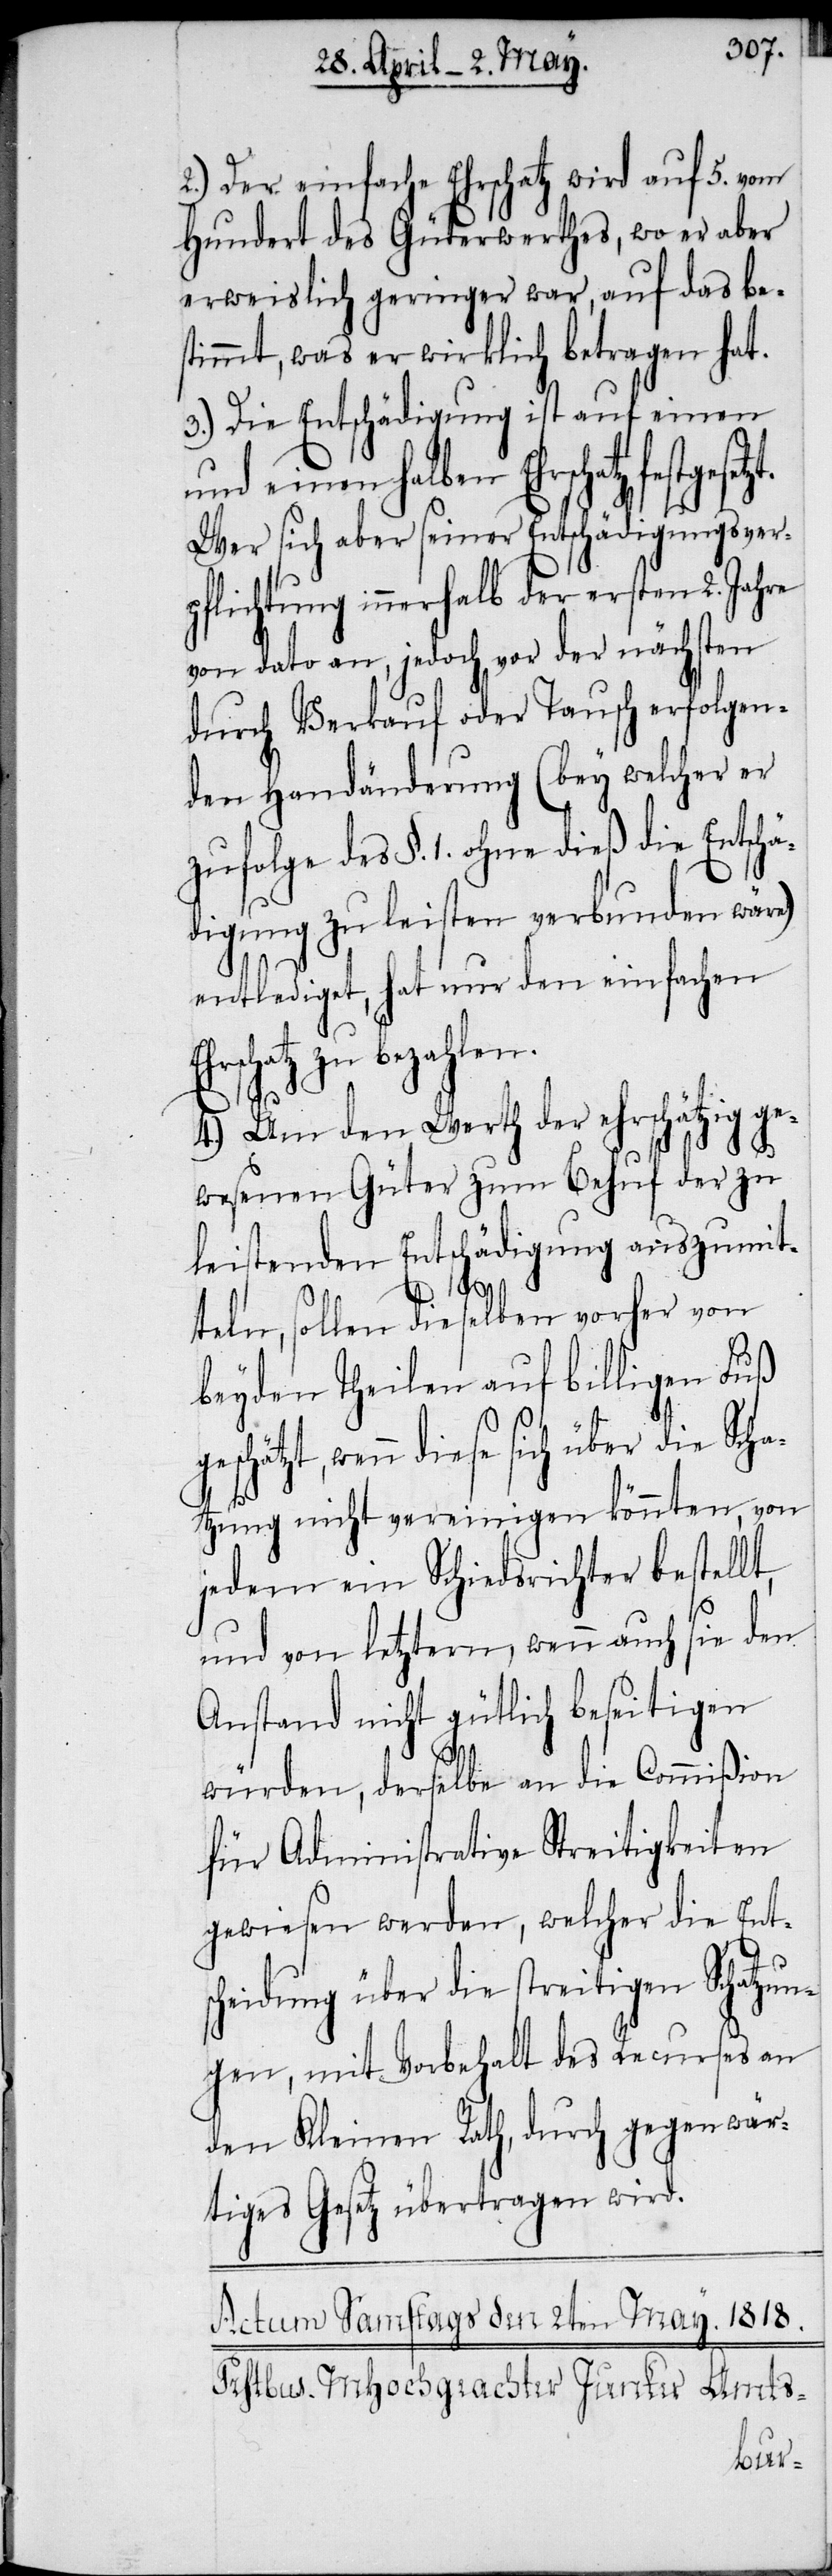
2.) Der einfache Ehrschatz wird auf 5. vom
Hundert des Güterwerthes, wo er aber
erweislich geringer war, auf das be¬
stimmt, was er wirklich betragen hat.
3.) Die Entschädigung ist auf einen
und einen halben Ehrschatz
Wer sich aber seiner Entschädigungsver¬
pflichtung innerhalb der ersten 2. Jahre
von dato an, jedoch vor der nächsten
durch Verkauf oder Tausch erfolgen¬
den Handänderung (bey welcher er
zufolge des §. 1. ohne dieß die Entschä¬
digung zu leisten verbunden wäre)
entlediget, hat nur den einfachen
rschatz zu bezahlen.
4.) Um den Werth der ehrschätzig ge¬
wesenen Güter zum Behuf der zu
leistenden Entschädigung auszumit¬
Eh¬
teln, sollen dieselben vorher von
beyden Theilen auf billigen Fuß
wenn diese sich über die Scha¬
tzung nicht vereinigen könnten, von
jedem ein Schiedsrichter bestellt,
und von letztern, wenn auch sie den
Anstand nicht gütlich beseitigen
würden, derselbe an die Commißion
für Administrative Streitigkeiten
gewiesen werden, welcher die Entsc¬
heidung über die streitigen Schatzun¬
gen, mit Vorbehalt des Recurses an
den Kleinen Rath, durch gegenwär¬
tiges Gesetz übertragen wird.